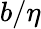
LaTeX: b/\eta